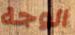
الوجة